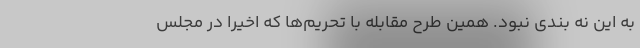
به این نه بندی نبود. همین طرح مقابله با تحریم‌ها که اخیرا در مجلس